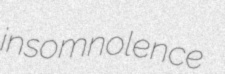
insomnolence